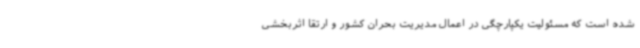
شده است که مسئولیت یکپارچگی در اعمال مدیریت بحران کشور و ارتقا اثربخشی